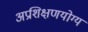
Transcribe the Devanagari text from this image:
अप्रशिक्षणयोग्य